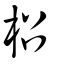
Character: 柖